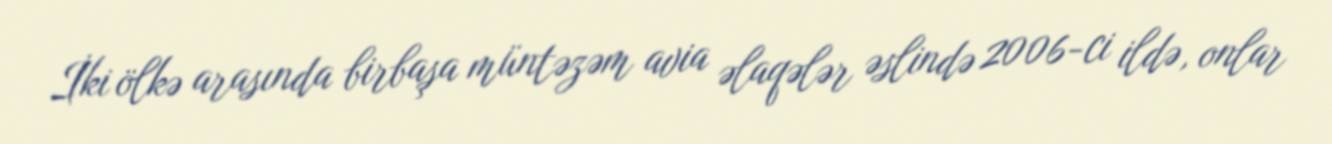
İki ölkə arasında birbaşa müntəzəm avia əlaqələr əslində 2006-ci ildə, onlar